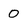
Character: 0